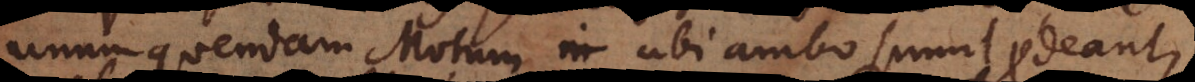
unum quendam Motum ubi ambo simul prodeant,